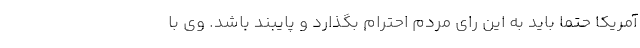
آمریکا حتما باید به این رای مردم احترام بگذارد و پایبند باشد. وی با